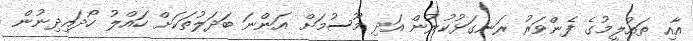
އާއި ތައުލީމުގެ ފެންވަރު ރަނގަޅުކުރުން އަދި މޫސުމަށް އަންނަ ބަދަލުތަކަށް ހައްލު ހޯދައިދިނުން